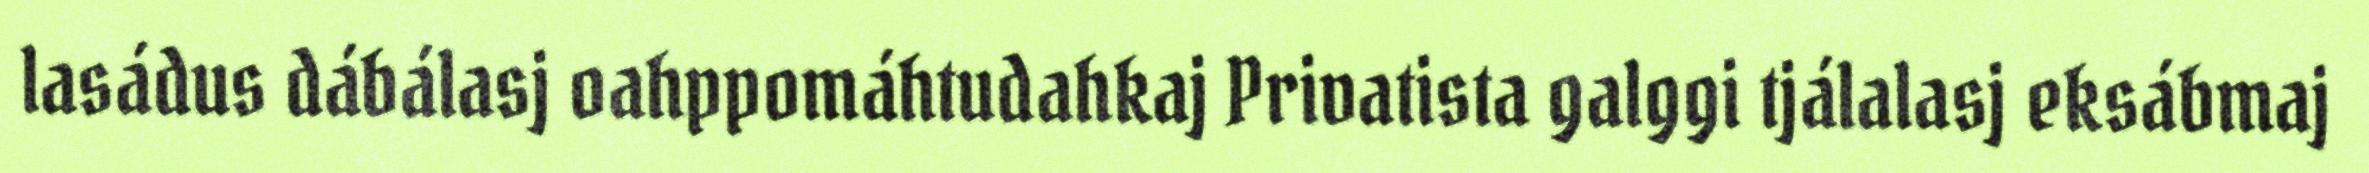
lasádus dábálasj oahppomáhtudahkaj Privatista galggi tjálalasj eksábmaj